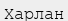
Харлан